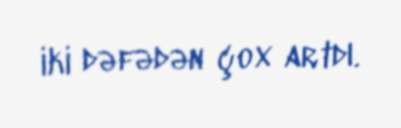
iki dəfədən çox artdı.